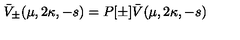
\bar { V } _ { \pm } ( \mu , 2 \kappa , - s ) = P [ \pm ] \bar { V } ( \mu , 2 \kappa , - s )